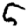
Digit: 5